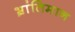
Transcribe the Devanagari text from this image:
भ्रांतिमान